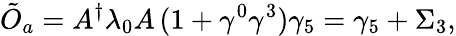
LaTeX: \tilde{O}_{a}=A^{\dagger}\lambda_{0}A\, (1+\gamma^{0}\gamma^{3})\gamma_{5}=\gamma_{5}+\Sigma_{3},